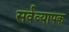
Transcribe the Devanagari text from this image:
सर्वव्‍यापक